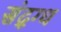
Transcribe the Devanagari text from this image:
संद्ग्ध